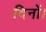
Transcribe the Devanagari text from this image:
दिनों।